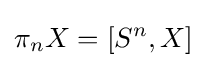
\pi _{n}X=[S^{n},X]